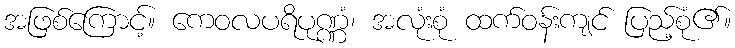
အဖြစ်ကြောင့်။ ကေဝလပရိပုဏ္ဏံ၊ အလုံးစုံ ထက်ဝန်းကျင် ပြည့်စုံ၏။